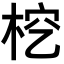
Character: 𣑒